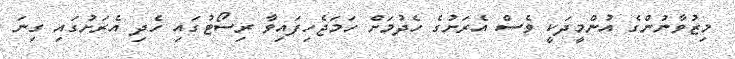
މިޒުވާނުންގެ އުންމީދަކީ ވެސް އެރަށުގެ ހެދުމަށް ހަމަޖެހިފައިވާ ރިސޯޓުގައި ހެދި އެރަށުގައި ގިނަ